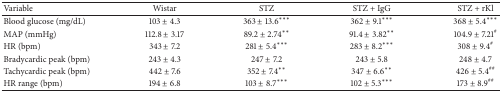
<table><thead><tr><td><b>Variable</b></td><td><b>Wistar</b></td><td><b>STZ</b></td><td><b>STZ + IgG</b></td><td><b>STZ + rKl</b></td></tr></thead><tbody><tr><td>Blood glucose (mg/dL)</td><td>103 ± 4.3</td><td>363 ± 13.6***</td><td>362 ± 9.1***</td><td>368 ± 5.4***</td></tr><tr><td>MAP (mmHg)</td><td>112.8 ± 3.17</td><td>89.2 ± 2.74**</td><td>91.4 ± 3.82**</td><td>104.9 ± 7.21<sup>#</sup></td></tr><tr><td>HR (bpm)</td><td>343 ± 7.2</td><td>281 ± 5.4***</td><td>283 ± 8.2***</td><td>308 ± 9.4<sup>#</sup></td></tr><tr><td>Bradycardic peak (bpm)</td><td>243 ± 4.3</td><td>247 ± 7.2 </td><td>243 ± 5.8 </td><td>248 ± 4.7 </td></tr><tr><td>Tachycardic peak (bpm)</td><td>442 ± 7.6</td><td>352 ± 7.4**</td><td>347 ± 6.6**</td><td>426 ± 5.4<sup>##</sup></td></tr><tr><td>HR range (bpm)</td><td>194 ± 6.8</td><td>103 ± 8.7***</td><td>102 ± 5.3***</td><td>173 ± 8.9<sup>##</sup></td></tr></tbody></table>